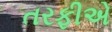
તરફીએ